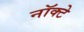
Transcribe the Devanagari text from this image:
नॉक्टे